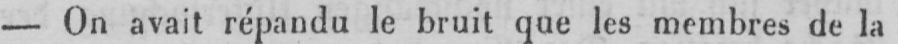
- On avait répandu le bruit que les membres de la